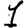
Digit: 1